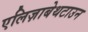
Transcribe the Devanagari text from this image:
एलिज़ाबेथटाउन